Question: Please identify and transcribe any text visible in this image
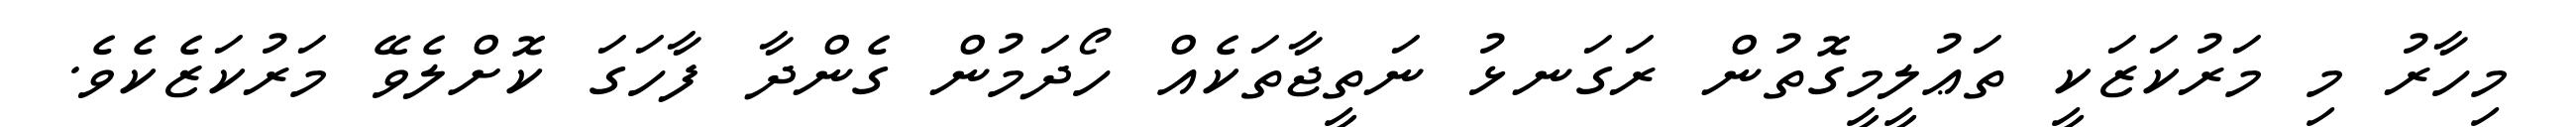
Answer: މިހާރު މި މަރުކަޒަކީ ތަޢުލީމީގޮތުން ރަގަނޅު ނަތީޖާތަކެއް ހޯދަމުން ގެންދާ ފާހަގަ ކޮށްލެވޭ މަރުކަޒެކެވެ.